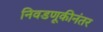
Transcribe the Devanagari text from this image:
निवडणूकीनंतर